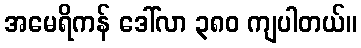
အမေရိကန် ဒေါ်လာ ၃၈၀ ကျပါတယ်။